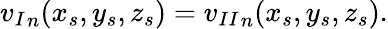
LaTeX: {v_{I}}_{n}(x_{s},y_{s},z_{s})={v_{II}}_{n}(x_{s},y_{s},z_{s}).